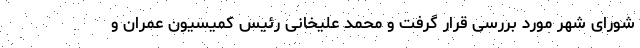
شورای شهر مورد بررسی قرار گرفت و محمد علیخانی رئیس کمیسیون عمران و